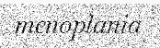
menoplania